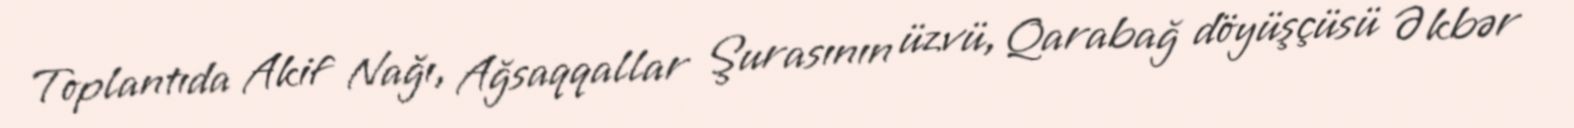
Toplantıda Akif Nağı, Ağsaqqallar Şurasının üzvü, Qarabağ döyüşçüsü Əkbər